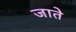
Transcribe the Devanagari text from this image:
जातेे